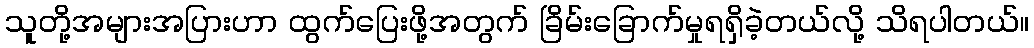
သူတို့အများအပြားဟာ ထွက်ပြေးဖို့အတွက် ခြိမ်းခြောက်မှုရရှိခဲ့တယ်လို့ သိရပါတယ်။